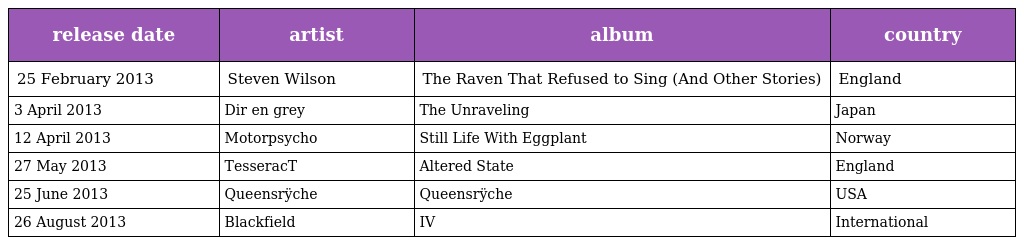
| release date | artist | album | country |
 | --- | --- | --- | --- |
 | 25 February 2013 | Steven Wilson | The Raven That Refused to Sing (And Other Stories) | England |
 | 3 April 2013 | Dir en grey | The Unraveling | Japan |
 | 12 April 2013 | Motorpsycho | Still Life With Eggplant | Norway |
 | 27 May 2013 | TesseracT | Altered State | England |
 | 25 June 2013 | Queensrÿche | Queensrÿche | USA |
 | 26 August 2013 | Blackfield | IV | International |